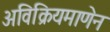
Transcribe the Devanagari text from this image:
अविक्रियमाणेन